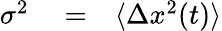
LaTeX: \begin{array}{rlr}{\sigma^{2}}&{{}=}&{\langle\Delta x^{2}(t)\rangle}\end{array}